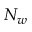
N _ { w }